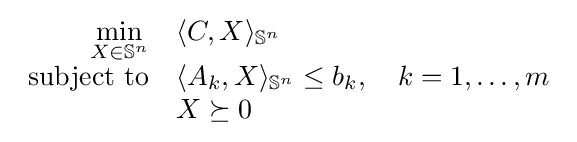
{\begin{array}{rl}{\displaystyle \min _{X\in \mathbb {S} ^{n}}}&\langle C,X\rangle _{\mathbb {S} ^{n}}\\{\text{subject to}}&\langle A_{k},X\rangle _{\mathbb {S} ^{n}}\leq b_{k},\quad k=1,\ldots ,m\\&X\succeq 0\end{array}}